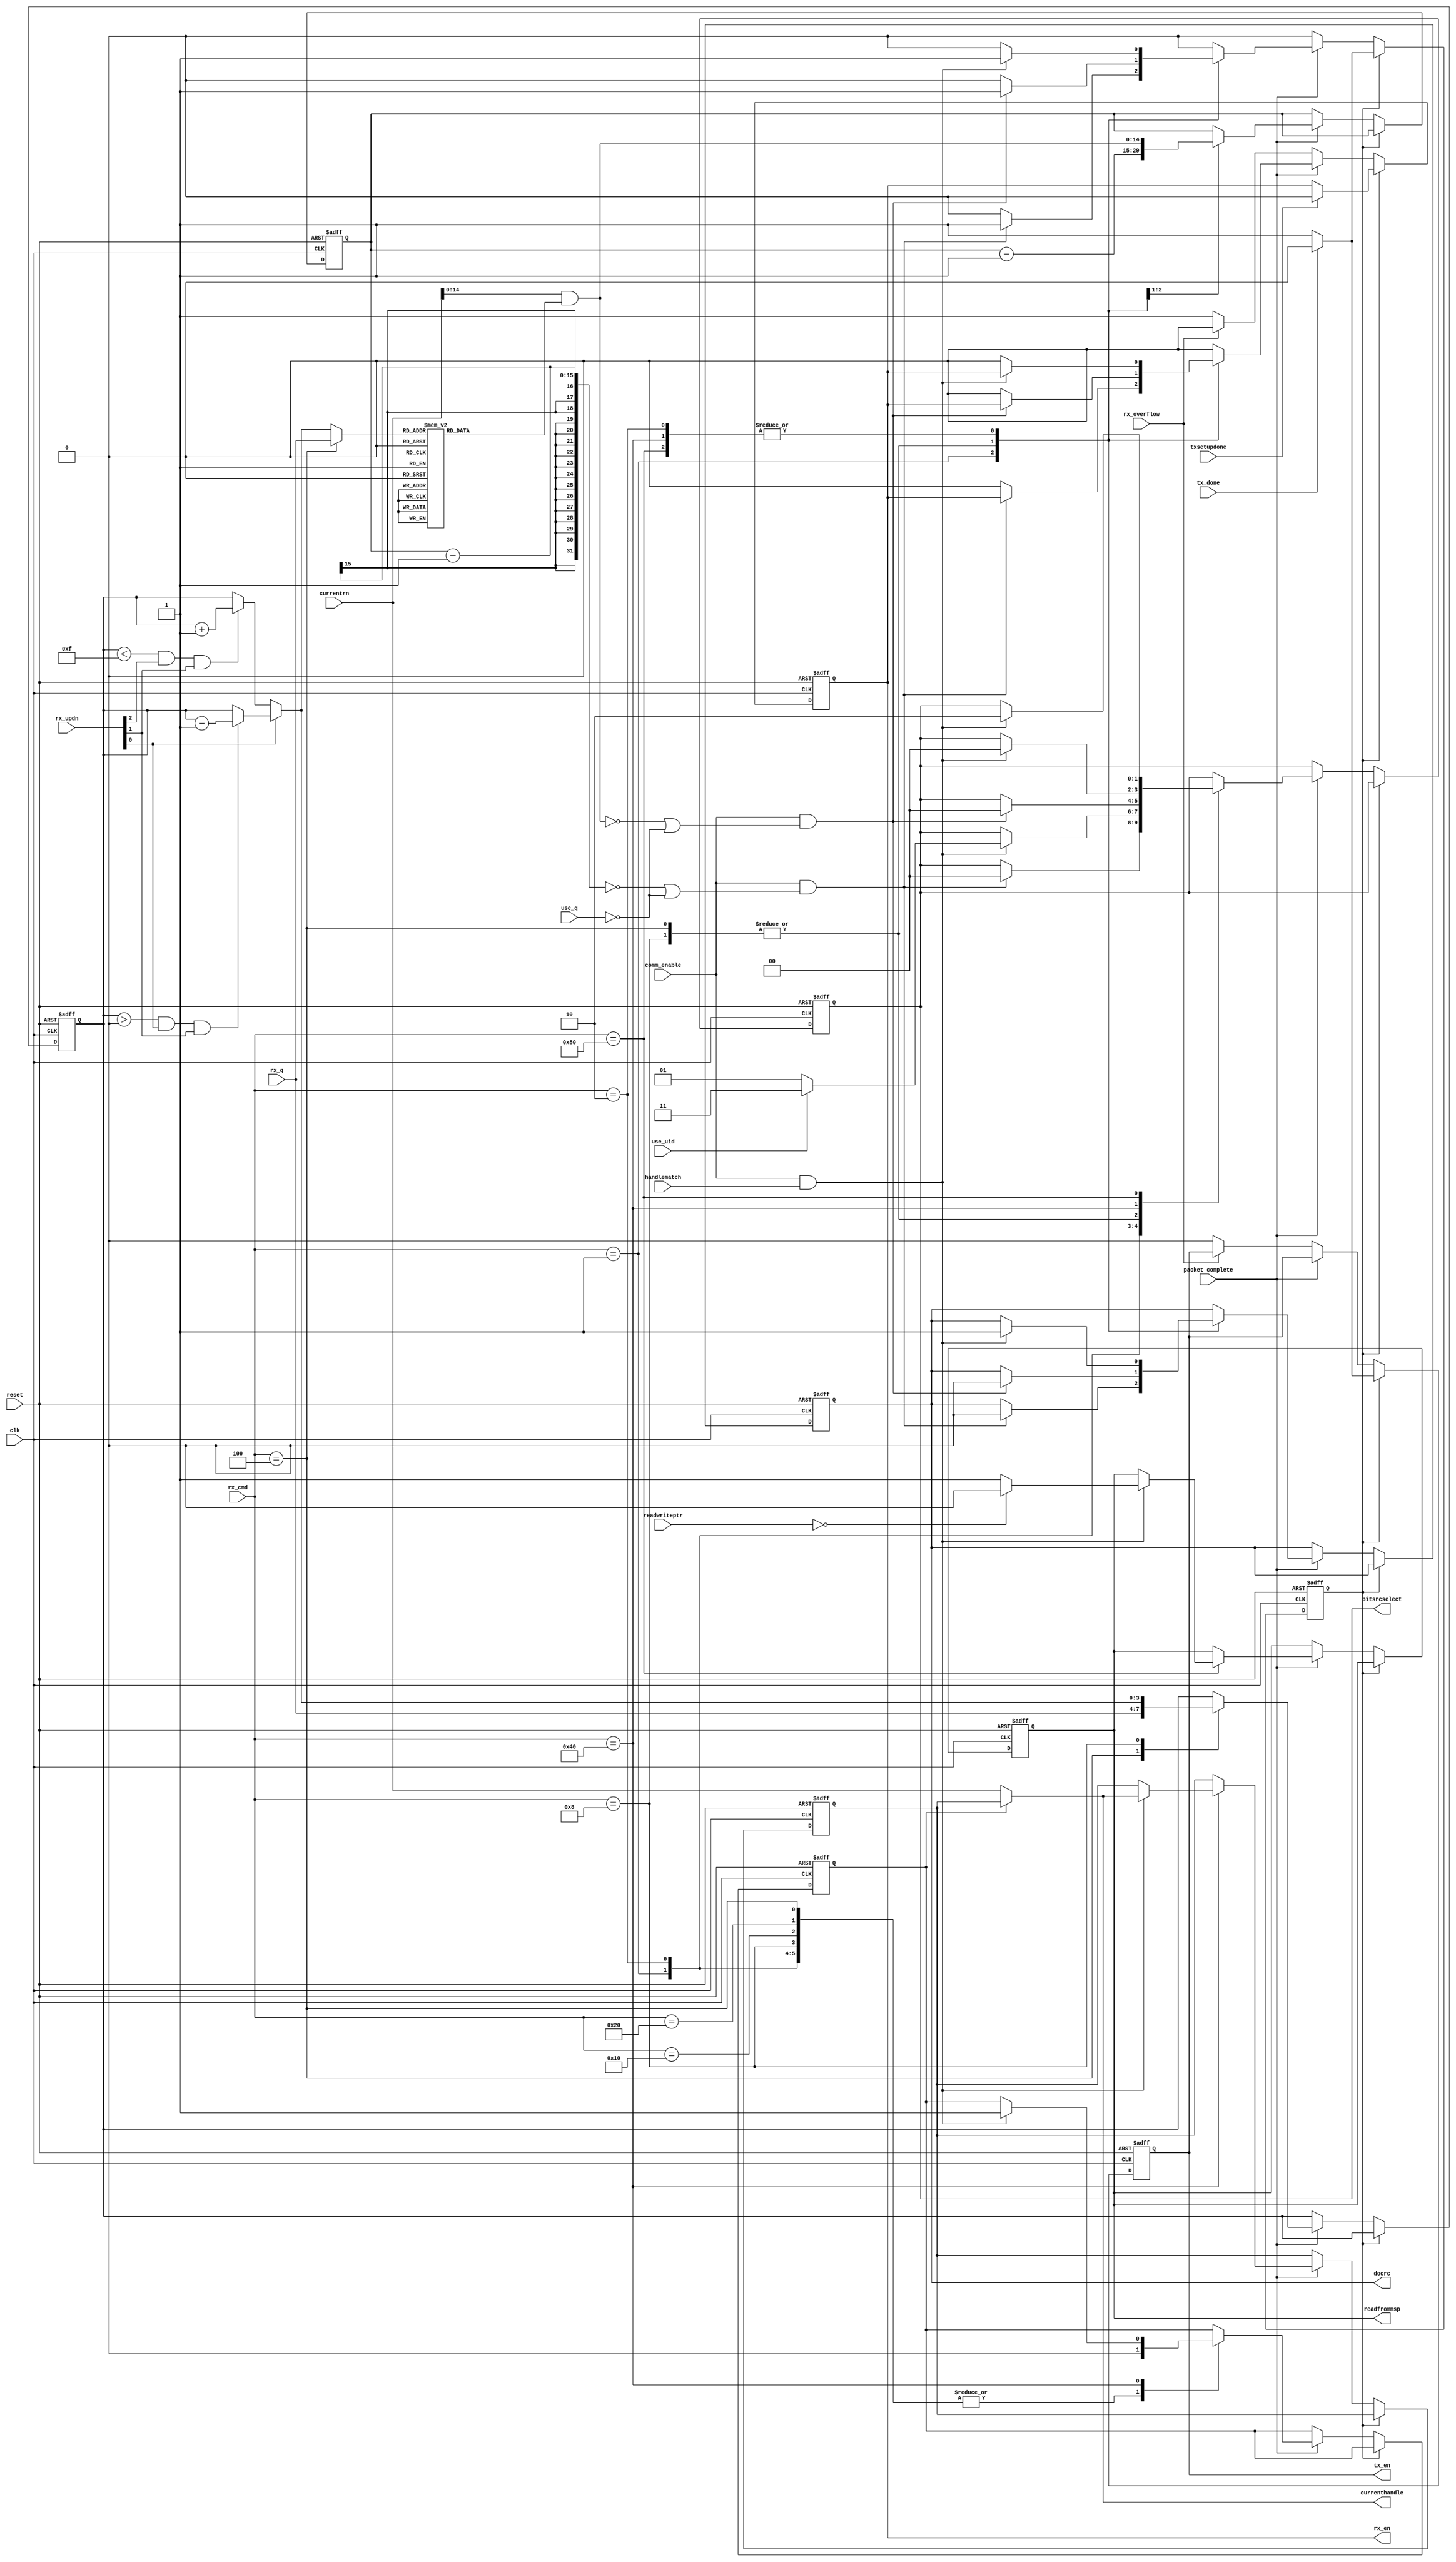

// Controller module
// Copyright 2010 University of Washington
// License: http://creativecommons.org/licenses/by/3.0/
// 2008 Dan Yeager

// This is the high level smarts of the RFID tag.
// It decides if and what to send upon a 
// packet complete signal from the rx module.
// If we should transmit, it starts up the tx module
// and waits for it to indicate that it is finished.
// We also return a data select signal to the 'top' module
// which mux'es the epc, rn, and adc into the tx module.

// A couple features have been added for EPC compatibility
// 1. Handle persistence
//    During a Write command, the reader asks for two successive
//    req_rn's.  The first is to be our handle. The second is the
//    write data cover code. We store the handle as our current handle
//    and this condition is kept in a reg tagisopen.
//    For reference, see EPC spec - Annex K
//    
// 2. Q-slotting for TDMA based on the rng
//    Query, QueryAdj and QueryRep commands are used to manage
//    the number of time slots. Query and QueryAdj load
//    the slotcounter with Q bits of the RN from the rng.
//    If slotcounter == 0, tag should TX its RN.
//    QueryRep commands cause tag to decrement slotcounter.
//    This feature is enabled via the use_q input.
//    EPC spec - see Annex J
//    
// 3. Unique ID
//    Tags should have unique ID's (uid).  However, the UID
//    should not change in time unless the reader rewrites the ID.
//    Ying's ID generator has unstable bits, which violates SPEC
//    so we have another option to use a static ID.
//    This feature is enabled via the use_uid input.
//    use_uid=1 -> Ying's ID,    use_uid=0 -> static ID

module controller (reset, clk, rx_overflow, rx_cmd, currentrn, currenthandle,
                   packet_complete, txsetupdone, tx_done, 
                   rx_en, tx_en, docrc, handlematch,
                   bitsrcselect, readfrommsp, readwriteptr, rx_q, rx_updn,
                   use_uid, use_q, comm_enable);
  
  parameter QUERYREP   = 9'b000000001;
  parameter ACK        = 9'b000000010;
  parameter QUERY      = 9'b000000100;
  parameter QUERYADJ   = 9'b000001000;
  parameter SELECT     = 9'b000010000;
  parameter NACK       = 9'b000100000;
  parameter REQRN      = 9'b001000000;
  parameter READ       = 9'b010000000;
  parameter WRITE      = 9'b100000000;

  parameter bitsrcselect_RNG = 2'd0;
  parameter bitsrcselect_EPC = 2'd1;
  parameter bitsrcselect_ADC = 2'd2;
  parameter bitsrcselect_UID = 2'd3;
   
  input reset, clk, rx_overflow, packet_complete, txsetupdone, tx_done;
  input [8:0] rx_cmd;
  input [15:0]  currentrn;
  output [15:0] currenthandle;
  output rx_en, tx_en, docrc; // current_mode 0: rx mode, 1: tx mode
  output [1:0] bitsrcselect;
  input [7:0] readwriteptr;
  output readfrommsp;
  input use_uid, use_q;
  input [3:0] rx_q;
  input [2:0] rx_updn;
  input handlematch, comm_enable;

  reg [3:0] rx_q_reg;
  reg readfrommsp;
  reg [15:0] storedhandle;
  reg [1:0] bitsrcselect;
  reg docrc;
  reg rx_en, tx_en;

  reg commstate;
  parameter STATE_RX      = 1'b0;
  parameter STATE_TX      = 1'b1;

  // See EPC spec Annex K
  // First request RN sets our handle
  // Second request RN sets the current cover code
  // For write data
  reg tagisopen;
  assign currenthandle = tagisopen ? storedhandle : currentrn;


  // Code to handle Q slotting for time-division multiplexing
  // We TX our RN when slot counter == 0 for any of the following commands:
  // They also have special behaviors:
  // Query    -> draw new rn, take Q bits of rn as init slot counter
  // QueryAdj -> draw new rn, adjust stored Q value as per cmd, 
  //             take Q bits of rn as init slot counter (like a query)
  // QueryRep -> decrement existing slot counter value
  reg [14:0] slotcounter;
  
  // For query adjust, we will init slot counter based on q_adj
  wire [3:0] q_adj, q_up, q_dn;
  assign q_up  = (rx_q_reg < 4'd15 && rx_updn[2] && rx_updn[1]) ? rx_q_reg + 4'd1 : rx_q_reg;
  assign q_dn  = (rx_q_reg > 4'd0  && rx_updn[0] && rx_updn[1]) ? rx_q_reg - 4'd1 : rx_q_reg;
  assign q_adj = rx_updn[0] ? q_dn : q_up;
  
  // For query, we init slot counter based on rx_q (from the parser module)
  // This code takes Q bits of our rn as the new slot counter.
  // If we get a query or queryAdj, the state machine will 
  //   set slotcounter = newslotcounter as defined here:
  wire [14:0] newslotcounter;
  wire [3:0] q_ctl;
  assign q_ctl = (rx_cmd == QUERY) ? rx_q : q_adj;

  reg [14:0] slotcountermask;

  always @ (q_ctl) begin
  case(q_ctl)
    0:  slotcountermask = 15'b000000000000000;
    1:  slotcountermask = 15'b000000000000001;
    2:  slotcountermask = 15'b000000000000011;
    3:  slotcountermask = 15'b000000000000111;
    4:  slotcountermask = 15'b000000000001111;
    5:  slotcountermask = 15'b000000000011111;
    6:  slotcountermask = 15'b000000000111111;
    7:  slotcountermask = 15'b000000001111111;
    8:  slotcountermask = 15'b000000011111111;
    9:  slotcountermask = 15'b000000111111111;
    10: slotcountermask = 15'b000001111111111;
    11: slotcountermask = 15'b000011111111111;
    12: slotcountermask = 15'b000111111111111;
    13: slotcountermask = 15'b001111111111111;
    14: slotcountermask = 15'b011111111111111;
    15: slotcountermask = 15'b111111111111111;
    default: slotcountermask = 15'b000000000000000;
  endcase
  end
  assign newslotcounter = currentrn[14:0] & slotcountermask;
  
  always @ (posedge clk or posedge reset) begin
    if (reset) begin
      commstate <= STATE_RX;
      bitsrcselect    <= 2'd0;
      docrc     <= 0;
      tx_en     <= 0;
      rx_en     <= 0;
      tagisopen <= 0;
      rx_q_reg  <= 0;
      slotcounter  <= 0;
      storedhandle <= 0;
      readfrommsp  <= 0;
    end else if (commstate == STATE_TX) begin
      if(txsetupdone) begin
        rx_en <= 0;
      end
      if(tx_done) begin // tx_done
        tx_en     <= 0;
        commstate <= STATE_RX;
      end else begin
        tx_en <= 1;
      end
      end else if (commstate == STATE_RX) begin  // rx mode
        if(packet_complete) begin
          case (rx_cmd)
           QUERYREP: begin
             tagisopen   <= 0;
             slotcounter <= slotcounter - 15'd1;
             if (comm_enable & ((slotcounter-15'd1)==0 | ~use_q)) begin
               commstate     <= STATE_TX;
               bitsrcselect        <= bitsrcselect_RNG;
               docrc         <= 0;
             end else begin
               rx_en <= 0;  // reset rx
             end
           end
           ACK: begin
             tagisopen <= 0;
             if (comm_enable && handlematch) begin
               commstate <= STATE_TX; // send ack.
               bitsrcselect    <= use_uid ? bitsrcselect_UID : bitsrcselect_EPC;
               docrc     <= 1;
             end else begin
             rx_en <= 0;  // reset rx
             end
           end
           QUERY: begin
             tagisopen <= 0;
             rx_q_reg  <= rx_q;
             // load slot counter
             slotcounter <= newslotcounter;
             
             if (comm_enable & (newslotcounter==0 | ~use_q)) begin
               commstate     <= STATE_TX;
               bitsrcselect        <= bitsrcselect_RNG;
               docrc         <= 0;
             end else begin
               rx_en <= 0;  // reset rx
             end
           end
           QUERYADJ: begin
             tagisopen <= 0;
             rx_q_reg  <= q_adj;
             // load slot counter
             slotcounter <= newslotcounter;
             
             if (comm_enable & (newslotcounter==0 | ~use_q)) begin
               commstate     <= STATE_TX;
               bitsrcselect        <= bitsrcselect_RNG;
               docrc         <= 0;
             end else begin
               rx_en <= 0;  // reset rx
             end
           end
           SELECT: begin
             tagisopen <= 0;
             rx_en <= 0;  // reset rx
           end
           NACK: begin
             tagisopen <= 0;
             rx_en     <= 0;  // reset rx
           end
           REQRN: begin
             if (comm_enable && handlematch) begin

               // First request RN opens tag, sets handle
               if (!tagisopen) begin
                 storedhandle <= currentrn;
                 tagisopen    <= 1;
               end

               commstate <= STATE_TX;
               bitsrcselect    <= bitsrcselect_RNG;
               docrc     <= 1;
             end else begin
               rx_en <= 0;  // reset rx
             end
           end
           READ: begin
             if (comm_enable && handlematch) begin
               if (readwriteptr == 0) readfrommsp <= 0;
               else                   readfrommsp <= 1;
               commstate  <= STATE_TX;
               bitsrcselect     <= bitsrcselect_ADC;
               docrc      <= 1;
             end else begin
               rx_en <= 0;  // reset rx
             end
           end
           WRITE: begin
             rx_en <= 0;  // reset rx
           end
          default begin
             rx_en <= 0;  // reset rx
          end
          endcase
        end else if(rx_overflow) begin
          rx_en <= 0;
        end else begin
          rx_en <= 1;
          tx_en <= 0;
        end
      end
    end
endmodule